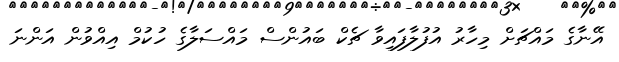
އޭނާގެ މައްޗަށް މިހާރު އުފުލާފައިވާ ޗެކް ބައުންސް މައްސަލާގެ ހުކުމް އިއްވުން އަންނަ